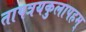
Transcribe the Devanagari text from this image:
तापत्रयकुलापहम्